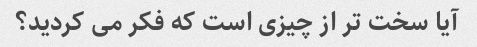
آیا سخت تر از چیزی است که فکر می کردید؟